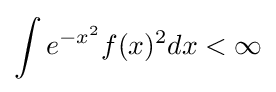
\int e^{-x^{2}}f(x)^{2}dx<\infty